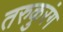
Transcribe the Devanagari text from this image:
तरुकुरंग